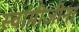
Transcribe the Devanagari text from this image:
स्वामीजीना